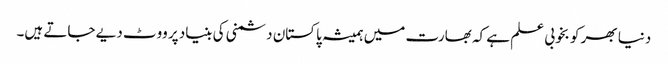
دنیا بھر کو بخوبی علم ہے کہ بھارت میں ہمیشہ پاکستان دشمنی کی بنیاد پر ووٹ دیے جاتے ہیں۔